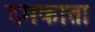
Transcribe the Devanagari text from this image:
दमकाता